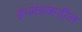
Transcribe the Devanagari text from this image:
इंग्लंडकडील